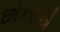
છોકરીએ